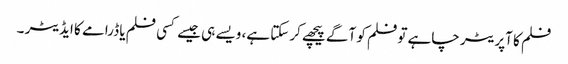
فلم کا آپریٹر چاہے تو فلم کو آگے پیچھے کرسکتا ہے، ویسے ہی جیسے کسی فلم یا ڈرامے کا ایڈیٹر ۔